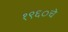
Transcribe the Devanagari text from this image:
१९६०चे